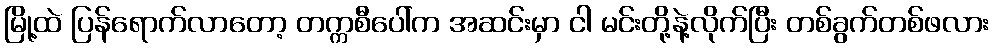
မြို့ထဲ ပြန်ရောက်လာတော့ တက္ကစီပေါ်က အဆင်းမှာ ငါ မင်းတို့နဲ့လိုက်ပြီး တစ်ခွက်တစ်ဖလား